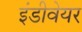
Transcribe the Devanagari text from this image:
इंडीवेयर